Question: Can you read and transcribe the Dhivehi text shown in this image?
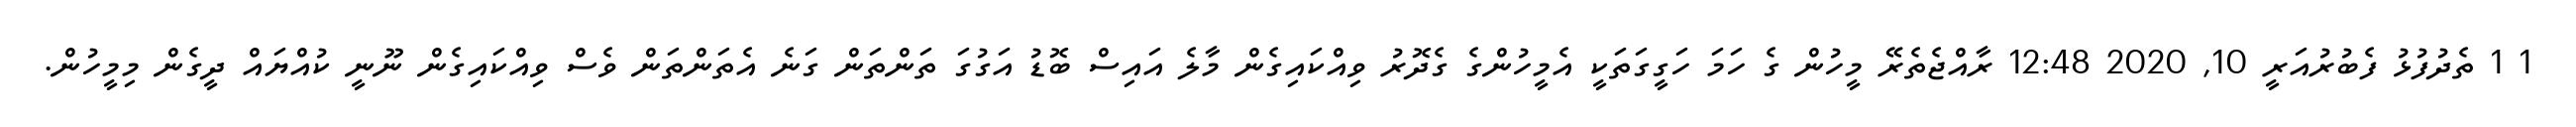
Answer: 1 1 ތެދުފުޅު ފެބުރުއަރީ 10, 2020 12:48 ރާއްޖެތެރޭ މީހުން ގެ ހަމަ ހަގީގަތަކީ އެމީހުންގެ ގެދޮރު ވިއްކައިގެން މާލެ އައިސް ބޮޑު އަގުގަ ތަންތަން ގަނެ އެތަންތަން ވެސް ވިއްކައިގެން ނޫނީ ކުއްޔައް ދީގެން މިމީހުން.